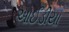
આઈડીયા